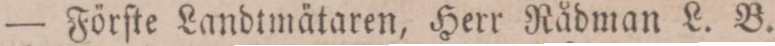
— Förſte Landtmätaren, Herr Rådman L. B.